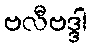
ဗလီဗဒ္ဒါ